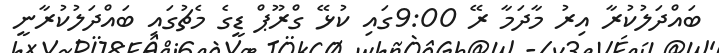
ބައްދަލުކުރާ އިރު މާދަމާ ރޭ 9:00ގައި ކުޅޭ ގްރޫޕް ޑީގެ މެޗުގައި ބައްދަލުކުރާނީ